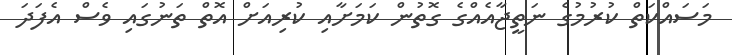
މަސައްކަތް ކުރުމުގެ ނަތީޖާއެއްގެ ގޮތުން ކަމަށާއި ކުރިއަށް އޮތް ތަނުގައި ވެސް އެފަދަ